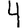
Digit: 4